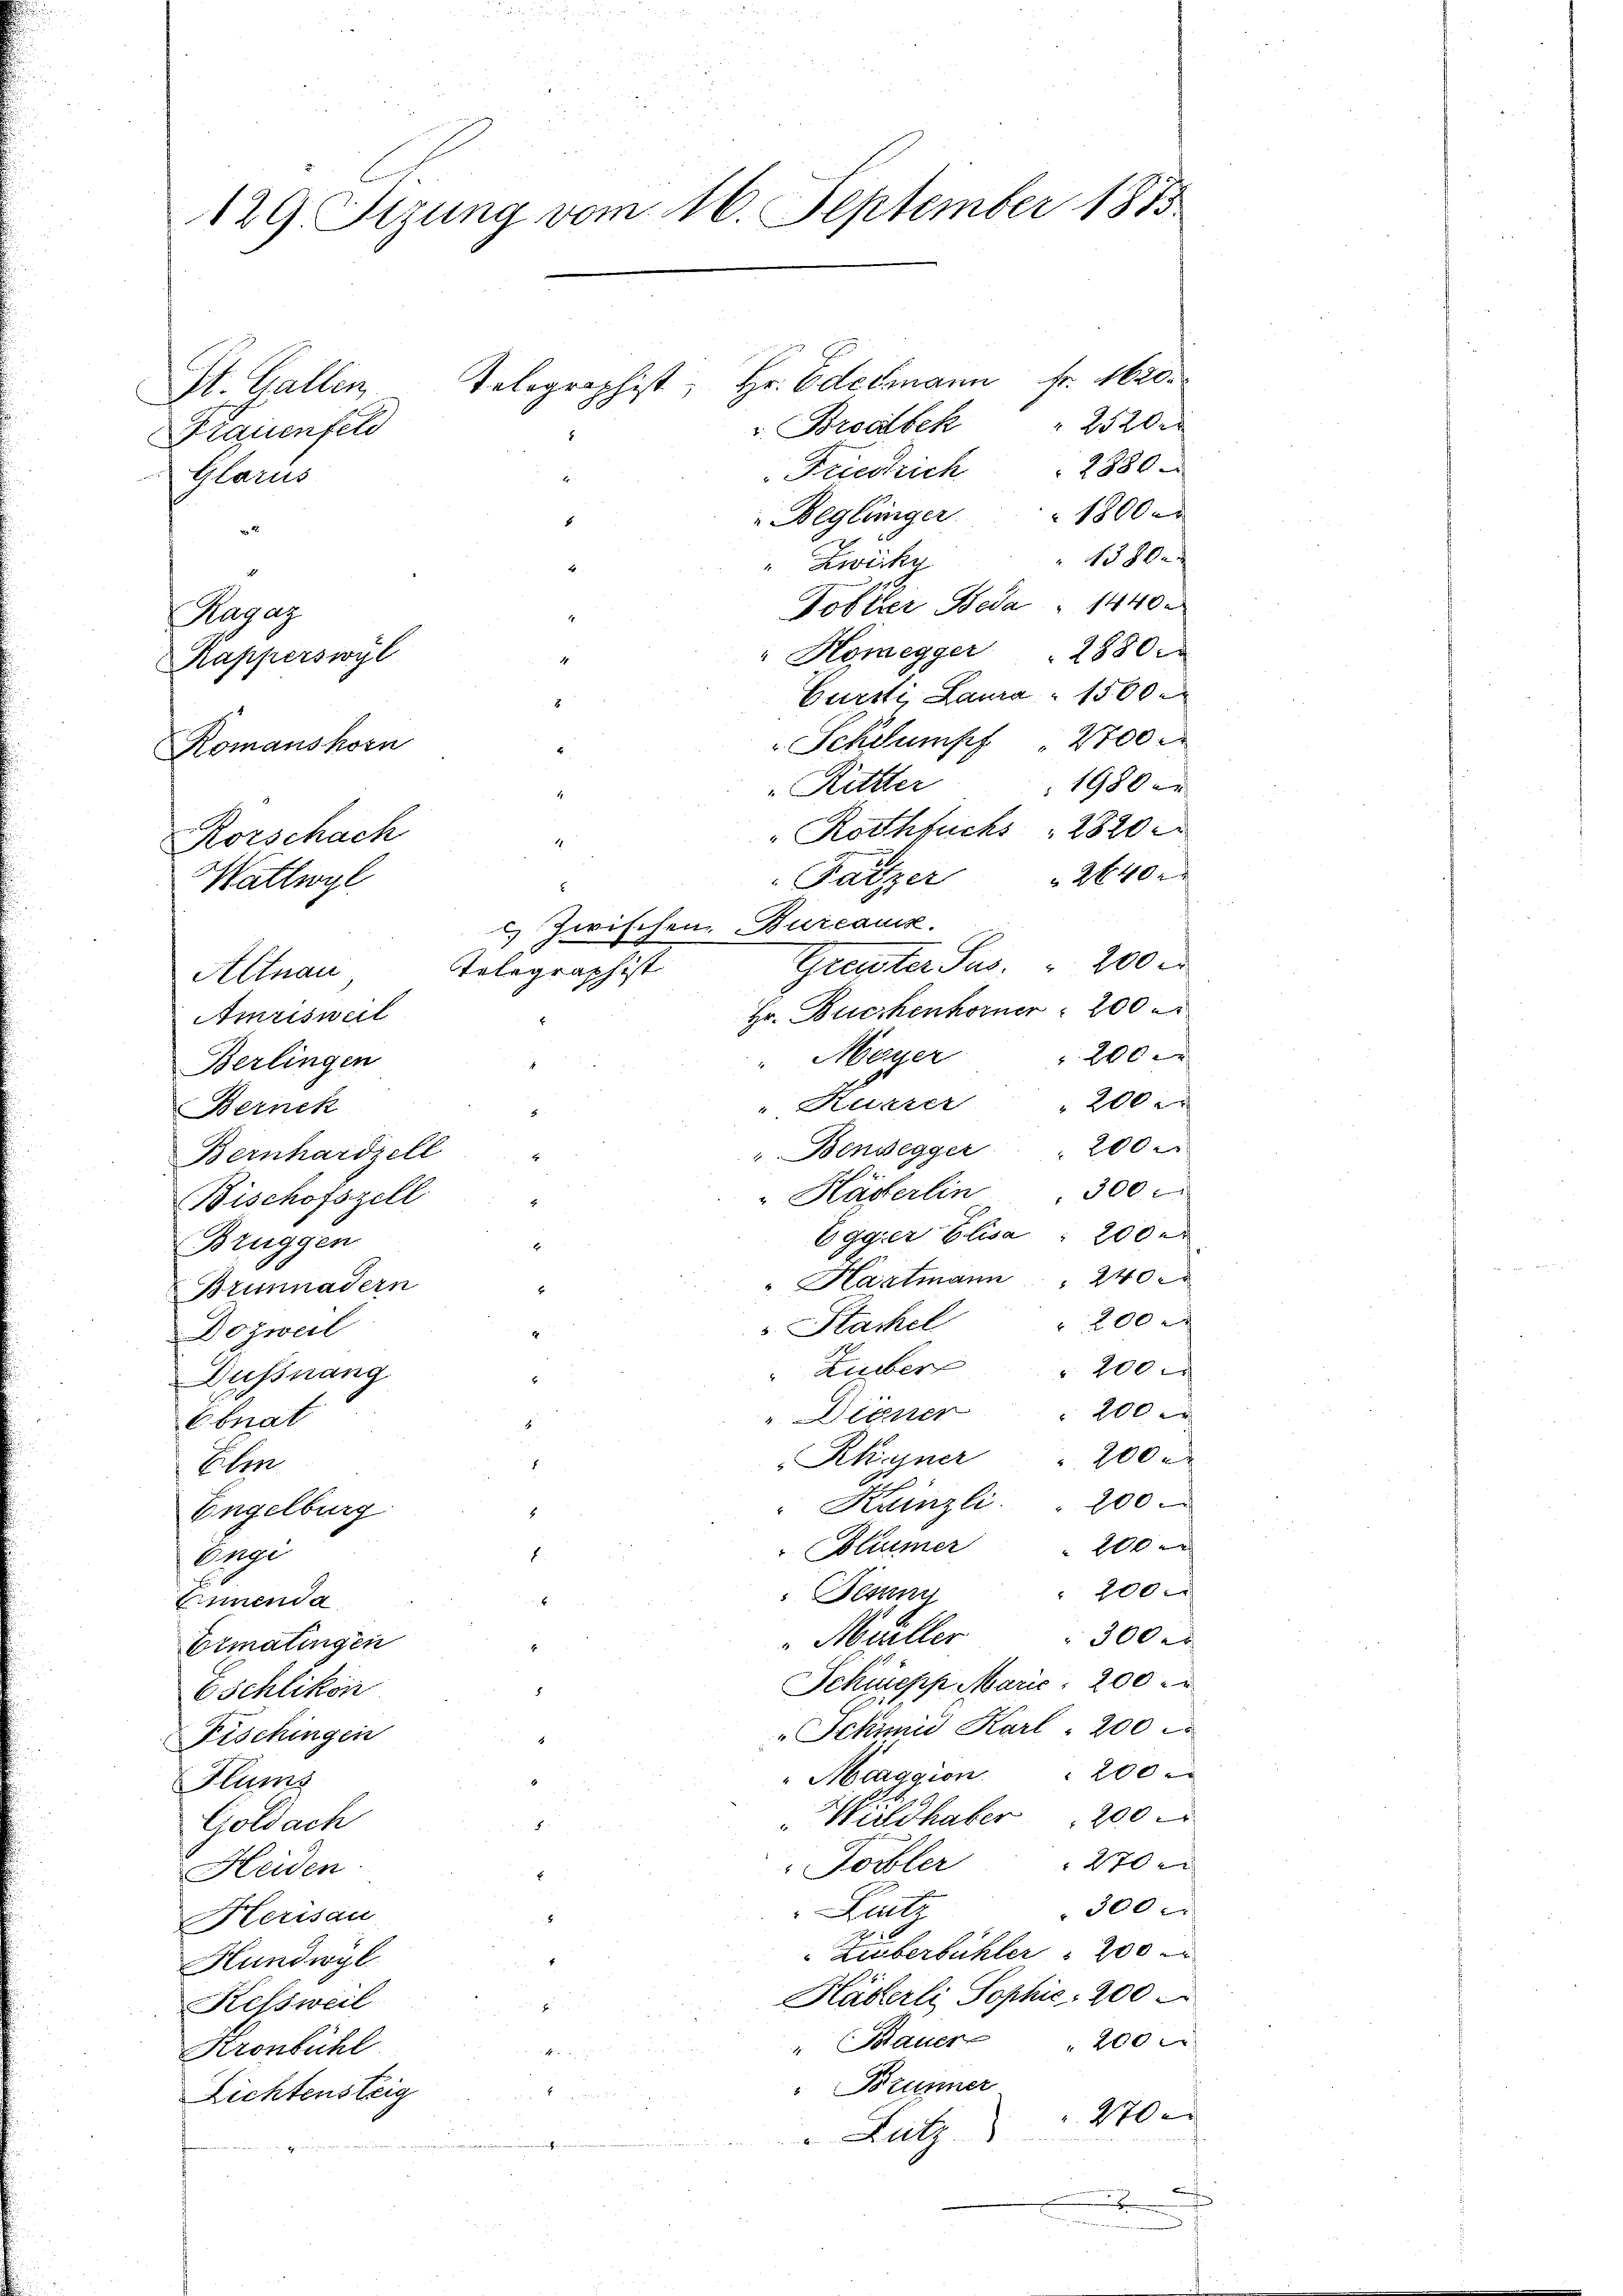
¬

129. Sizung vom 16. September 1815

Tolographist, Hr. Edelmann fr. 1620.
St. Gallen
v. Brodbek
Frauenfeld
Friestrich 2880
Glarus
Beglinger
6
2
" Zwicky
Tobler Beda " 1440.
1
Ragaz
" Honegger " 2880.
Kapperswyl
Gursti, Laura 1500
Schlumpf 200
Romanskorn
 Ritter
" Rothfuchs 2820
1
Fätzer
) zwischen Bureauss
Graster Sus. " 200 r
Telegraphist
Altnau
Hr. Buchenhorner 200
Amrisweil
Mayer
Berlingen
" Kurrer " 200.
Bernek
"Bensegger
Bernhardzell
" Häderlin 300
Bischofszell
Egger Elisa 200 e
Bruggen
" Hartmann    "  240
Brünnadern
Stackel
Dogweil
Lueber 200 r
Dußnang
" Dienen " 200
Ebnat
Rkasner " 200
Elm
" Kainzli. " 200
Engelburg "
Blümer
e
Besinn
Einenda
" 300 rt
Muiller
Ermatingen
Schüepp Marie, 200 r
8
Schlikon
Schini Karl . 200
Fischingen
"Maggion 200
Flums
Wuldhaber 200.
.
Goldach
120
Tobler
Heiden
E
300
Raitz
Herisau
 Lieberbühler 200
Hundwyl
Häberli, Sophie 200
Kessweil
200 x
" Bauer
Kronbühl
Brunner
Lichtensteig
270
Lutz
F

Rorschach
Wattwyl

4
4

2520
200 x
200
200 x
20xx
00x

.

18000
1580.
1980 er
2640 x

.